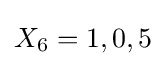
X_{6}=1,0,5